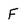
Character: F